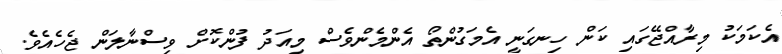
އެކަމަކު މިރާއްޖޭގައި ކަން ހިނގަނީ އެމަގުންތޯ އެންމެންވެސް މިއަދު ފުންކޮށް ވިސްނާލަން ޖެހެއެވެ.